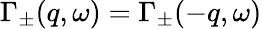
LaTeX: \Gamma_{\pm}(q,\omega)=\Gamma_{\pm}(-q,\omega)